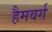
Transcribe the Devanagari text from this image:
हैमवर्ग